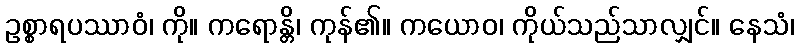
ဥစ္စာရပဿာဝံ၊ ကို။ ကရောန္တိ၊ ကုန်၏။ ကယောဝ၊ ကိုယ်သည်သာလျှင်။ နေသံ၊